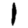
Digit: 1